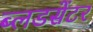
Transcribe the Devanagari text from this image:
ब्लडसेंटर